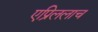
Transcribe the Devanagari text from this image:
एप्रिललाच